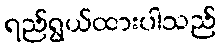
ရည်ရွယ်ထားပါသည်